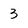
Character: 3